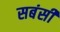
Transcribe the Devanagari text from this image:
सबंसी